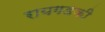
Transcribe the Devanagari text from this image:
रायगडकी